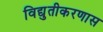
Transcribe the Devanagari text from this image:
विद्युतीकरणास